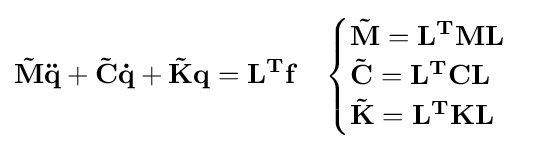
\mathbf {{\tilde {M}}{\ddot {q}}+{\tilde {C}}{\dot {q}}+{\tilde {K}}q=L^{T}f} \quad {\begin{cases}\mathbf {{\tilde {M}}=L^{T}ML} \\\mathbf {{\tilde {C}}=L^{T}CL} \\\mathbf {{\tilde {K}}=L^{T}KL} \end{cases}}